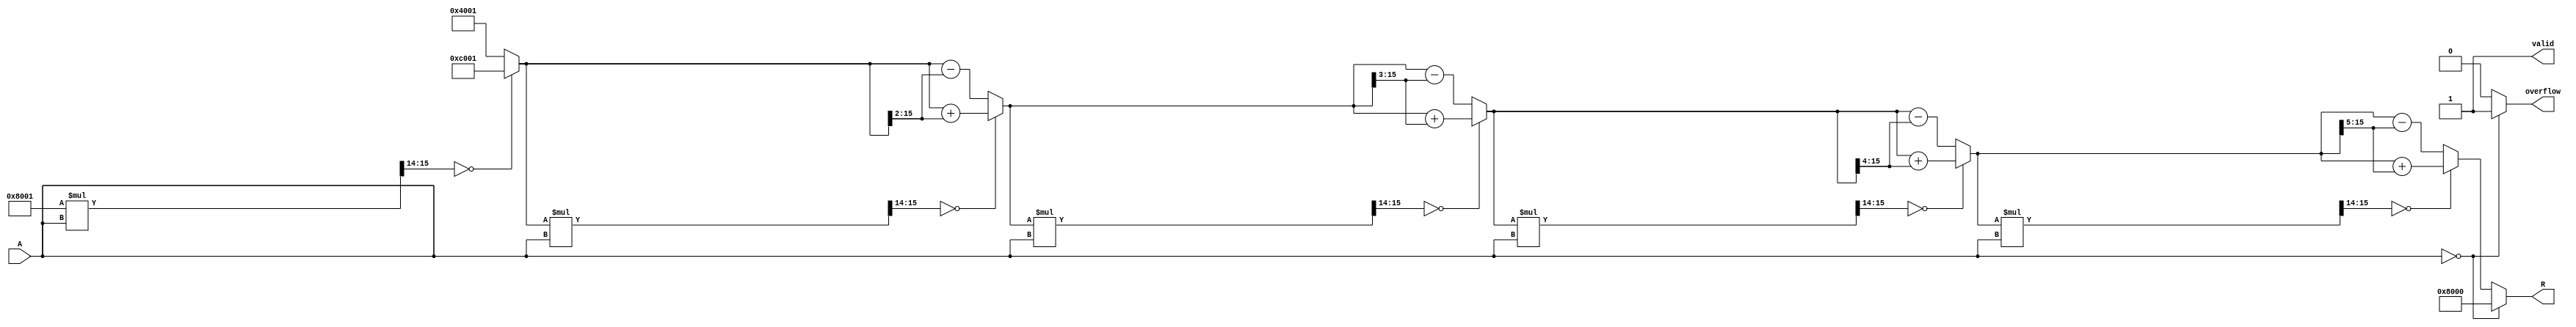
module BitwiseReciprocal #(
    parameter N = 16, // Bit-width of the input and output
    parameter ITERATIONS = 5 // Number of iterations for approximation
)(
    input wire [N-1:0] A, // Input: n-bit unsigned binary number
    output reg [N-1:0] R, // Output: n-bit unsigned reciprocal approximation
    output reg valid,      // Output valid signal
    output reg overflow    // Overflow flag
);

    // Internal variables
    reg [N-1:0] guess; // Current guess for the reciprocal
    reg [N-1:0] product; // Product of guess and input A
    integer i;

    always @(*) begin
        // Initialize output and flags
        R = 0;
        valid = 0;
        overflow = 0;

        // Handle zero input
        if (A == 0) begin
            R = {1'b1, {N-1{1'b0}}}; // Output infinity representation (1 followed by zeros)
            valid = 1;
            overflow = 1; // Indicate overflow due to zero input
        end else begin
            // Initial guess (can be tuned based on expected input range)
            guess = {1'b1, {N-2{1'b0}}, 1'b1}; // Initial guess: 1.0 in fixed-point

            // Bitwise approximation using iterations
            for (i = 0; i < ITERATIONS; i = i + 1) begin
                product = guess * A; // Calculate product of guess and input A

                // Check if product is greater than or less than 1 (scaled)
                if (product[N-1:N-2] == 2'b00) begin
                    // If product < 1, increase guess
                    guess = guess + (guess >> (i + 1)); // Adjust guess
                end else begin
                    // If product >= 1, decrease guess
                    guess = guess - (guess >> (i + 1)); // Adjust guess
                end
            end

            // Final approximation
            R = guess;
            valid = 1; // Indicate valid output
        end
    end
endmodule